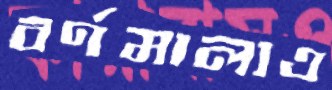
বর্ণমালাও